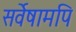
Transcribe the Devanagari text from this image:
सर्वेषामपि